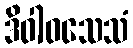
ဒိဝါဝသေသံ